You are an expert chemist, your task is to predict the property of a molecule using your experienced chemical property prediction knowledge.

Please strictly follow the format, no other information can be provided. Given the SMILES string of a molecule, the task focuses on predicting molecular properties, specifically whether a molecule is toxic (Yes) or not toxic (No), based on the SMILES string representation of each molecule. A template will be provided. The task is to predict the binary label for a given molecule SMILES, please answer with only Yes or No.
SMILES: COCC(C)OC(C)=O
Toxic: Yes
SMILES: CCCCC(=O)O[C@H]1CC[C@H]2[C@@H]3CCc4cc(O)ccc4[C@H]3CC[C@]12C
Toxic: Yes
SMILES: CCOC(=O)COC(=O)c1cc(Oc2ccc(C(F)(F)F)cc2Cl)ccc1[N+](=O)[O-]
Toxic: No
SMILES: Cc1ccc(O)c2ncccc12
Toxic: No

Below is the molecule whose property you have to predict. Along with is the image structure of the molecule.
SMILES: O=C(O)c1ccc(OCCn2ccnc2)cc1
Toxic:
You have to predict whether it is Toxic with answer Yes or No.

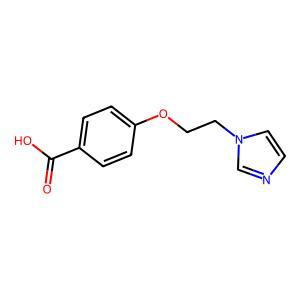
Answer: No